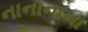
નાનાનાના